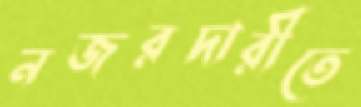
নজরদারীতে